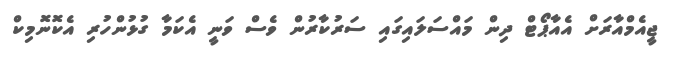
ޖީއެމްއާރަށް އެއާޕޯޓް ދިން މައްސަލައިގައި ސަރުކާރުން ވެސް ވަނީ އެކަމާ ގުޅުންހުރި އެކޮނޮމިކް